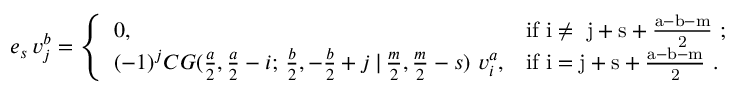
e _ { s } \, v _ { j } ^ { b } = \left\{ \begin{array} { l l } { 0 , } & { \mathrm { i f ~ i \ne ~ j + s + \frac { a - b - m } { 2 } ~ ; } } \\ { ( - 1 ) ^ { j } C G ( \frac { a } { 2 } , \frac { a } { 2 } - i ; \, \frac { b } { 2 } , - \frac { b } { 2 } + j \, | \, \frac { m } { 2 } , \frac { m } { 2 } - s ) \, \, v _ { i } ^ { a } , } & { \mathrm { i f ~ i = j + s + \frac { a - b - m } { 2 } ~ . } } \end{array} \right.